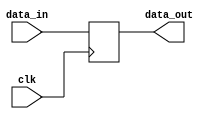
/*
Author: Mehran Goli
Version: 1.0
Date: 17-8-2019
*/
module filipflop(data_in,data_out,clk);

	input  data_in,clk;  
	output reg  data_out; 

	always @ (posedge clk) 
		data_out=data_in;
	

endmodule